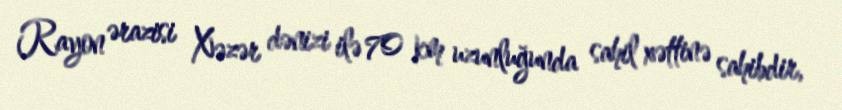
Rayon ərazisi Xəzər dənizi ilə 70 km uzunluğunda sahil xəttinə sahibdir,